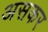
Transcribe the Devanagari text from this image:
असकर